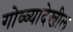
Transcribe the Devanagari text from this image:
गोळ्यादेखील